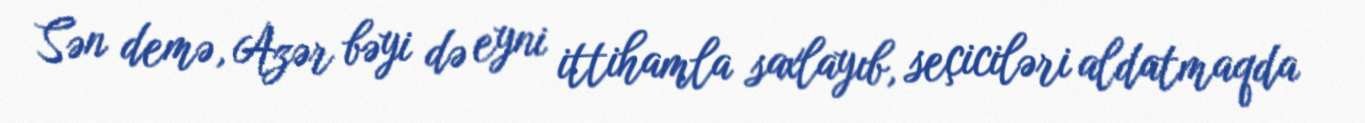
Sən demə, Azər bəyi də eyni ittihamla saxlayıb, seçiciləri aldatmaqda